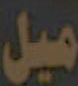
ميل